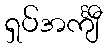
ရှပ်အင်္ကျီ